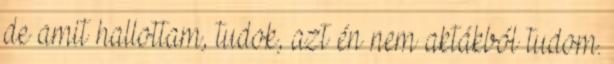
de amit hallottam, tudok, azt én nem aktákból tudom.